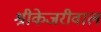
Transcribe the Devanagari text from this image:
श्रीकेजरीवाल